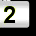
Digit: 2